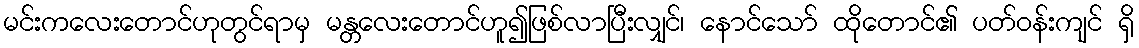
မင်းကလေးတောင်ဟုတွင်ရာမှ မန္တလေးတောင်ဟူ၍ဖြစ်လာပြီးလျှင်၊ နောင်သော် ထိုတောင်၏ ပတ်ဝန်းကျင် ရှိ